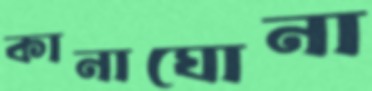
কানাঘোনা